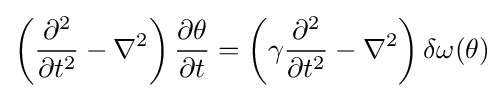
\left({\frac {\partial ^{2}}{\partial t^{2}}}-\nabla ^{2}\right){\frac {\partial \theta }{\partial t}}=\left(\gamma {\frac {\partial ^{2}}{\partial t^{2}}}-\nabla ^{2}\right)\delta \omega (\theta )